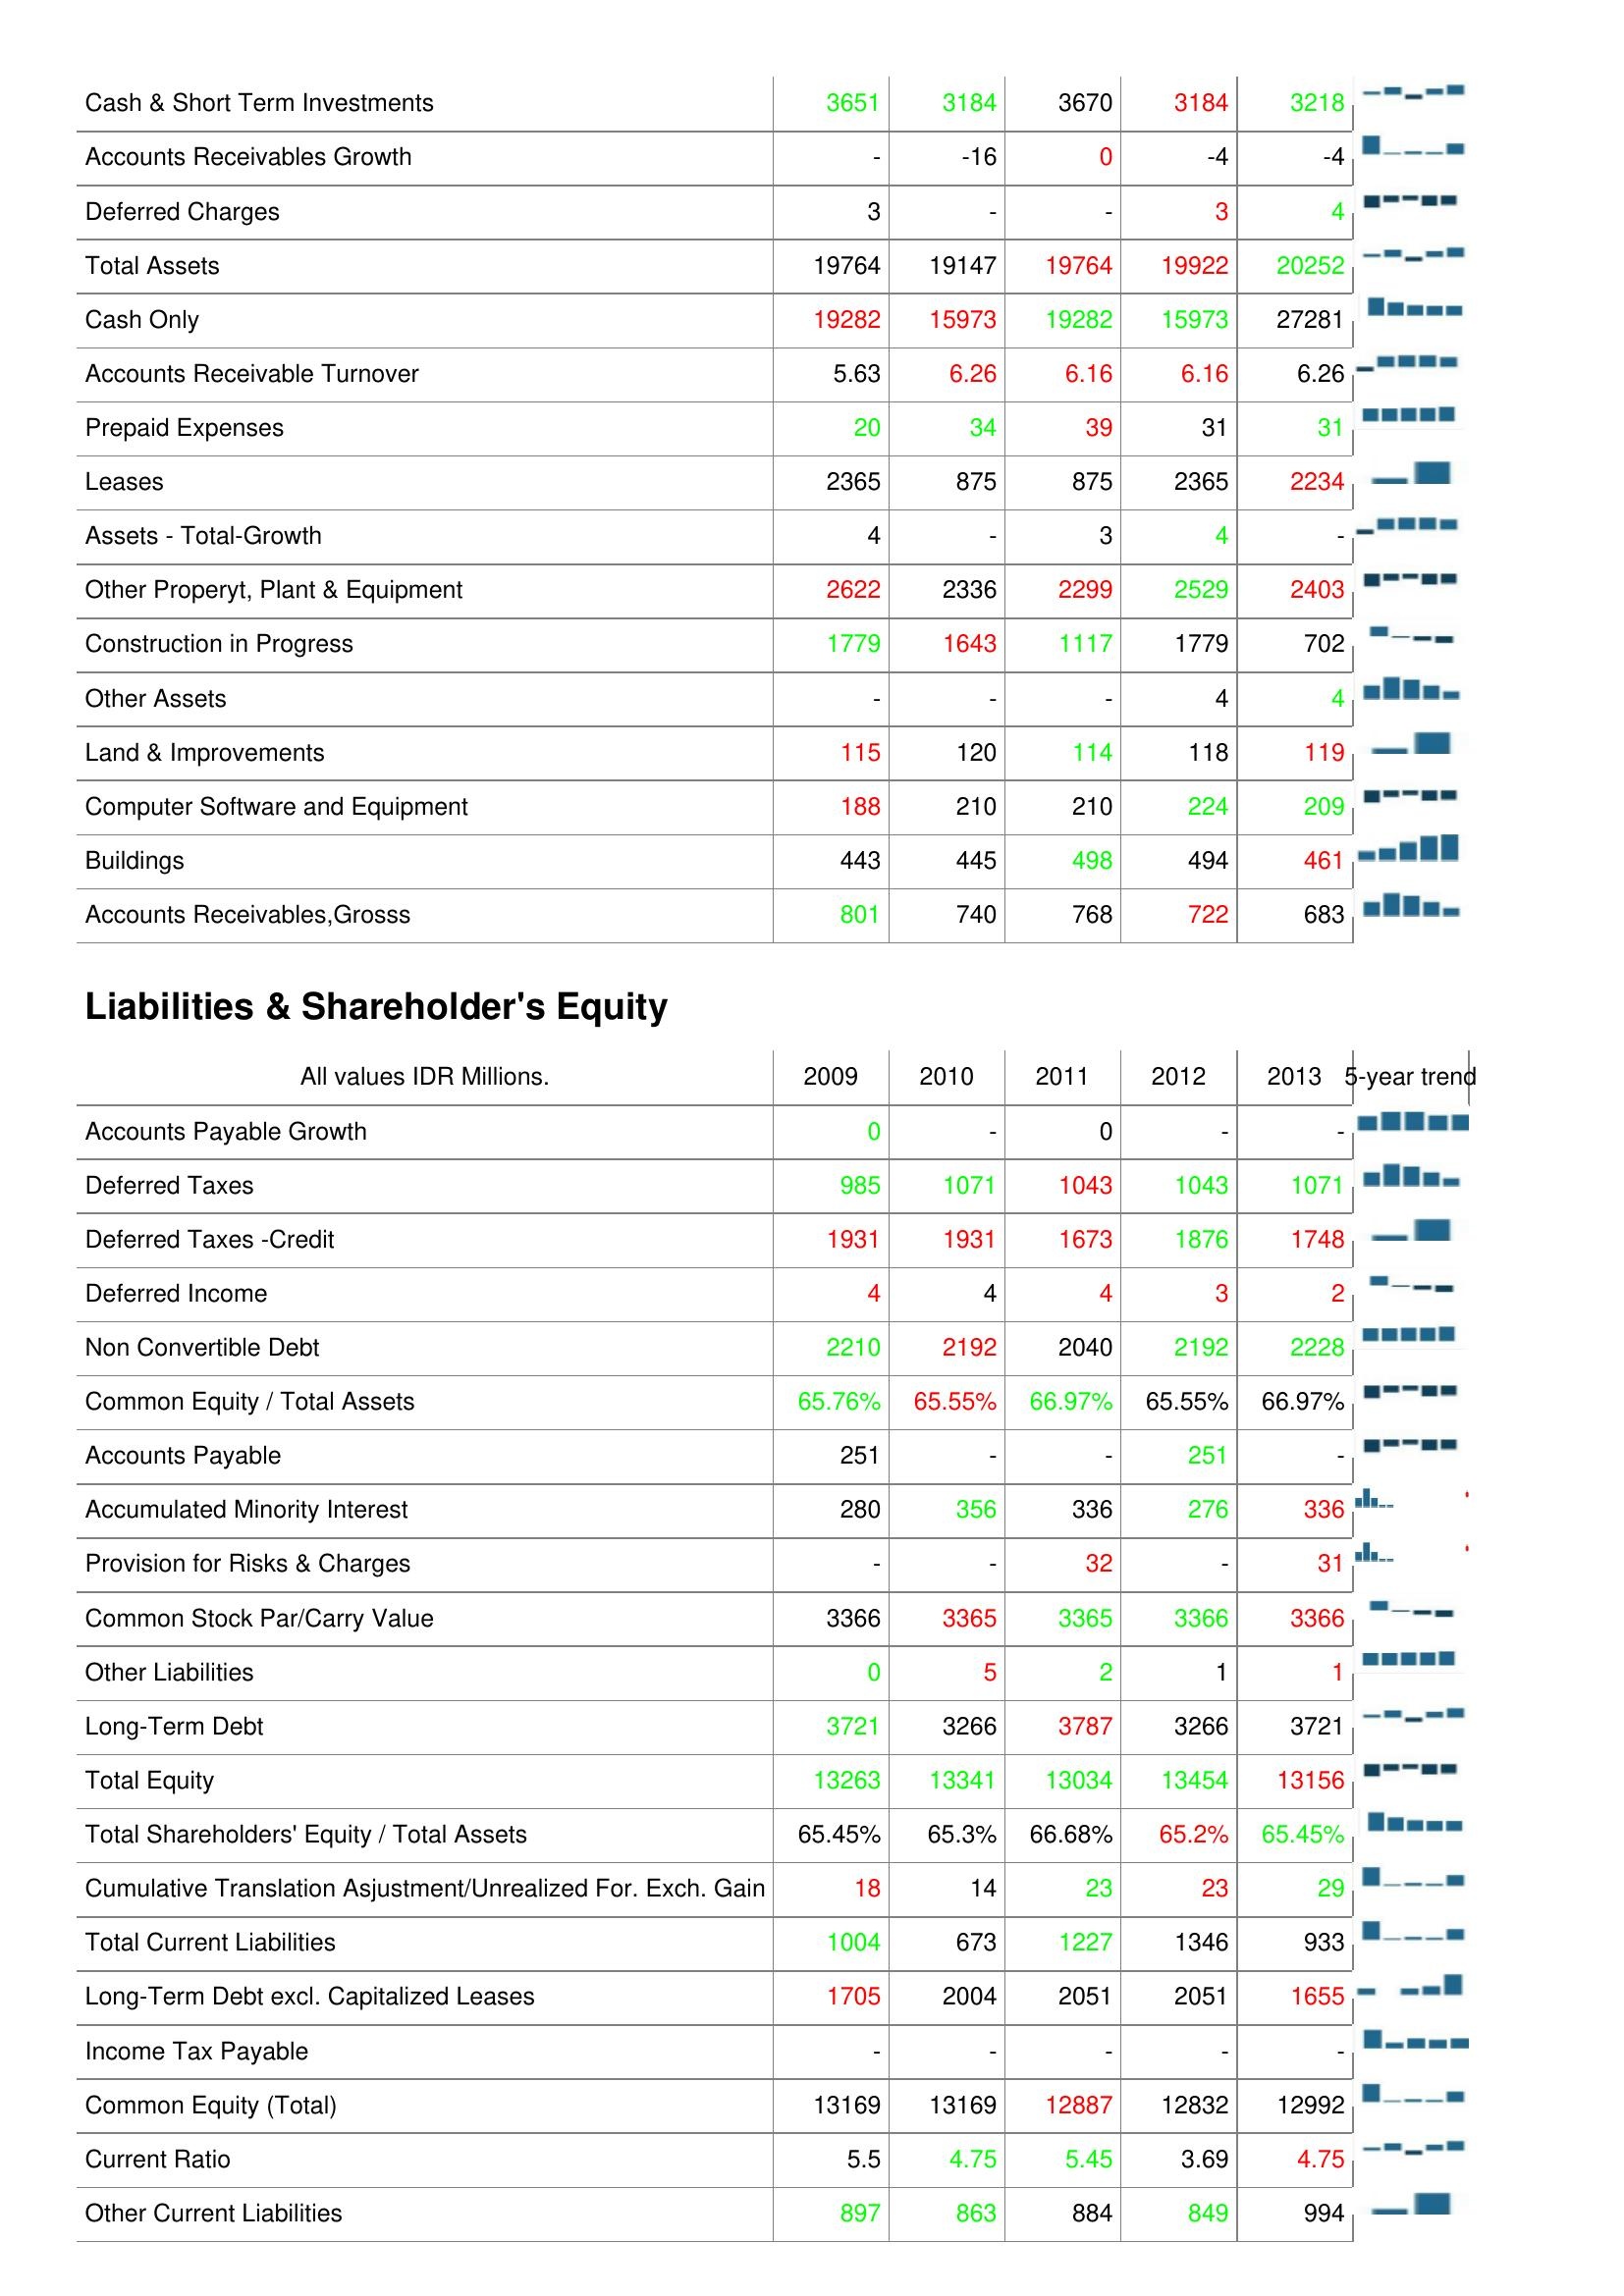
2009: Assets: Cash & Short Term Investments: 3651
Accounts Receivables Growth: -
Deferred Charges: 3
Total Assets: 19764
Cash Only: 19282
Accounts Receivable Turnover: 5.63
Prepaid Expenses: 20
Leases: 2365
Assets - Total-Growth: 4
Other Properyt, Plant & Equipment: 2622
Construction in Progress: 1779
Other Assets: -
Land & Improvements: 115
Computer Software and Equipment: 188
Buildings: 443
Accounts Receivables,Grosss: 801
Liabilities & Shareholder's Equity: Accounts Payable Growth: 0
Deferred Taxes: 985
Deferred Taxes -Credit: 1931
Deferred Income: 4
Non Convertible Debt: 2210
Common Equity / Total Assets: 65.76%
Accounts Payable: 251
Accumulated Minority Interest: 280
Provision for Risks & Charges: -
Common Stock Par/Carry Value: 3366
Other Liabilities: 0
Long-Term Debt: 3721
Total Equity: 13263
Total Shareholders' Equity / Total Assets: 65.45%
Cumulative Translation Asjustment/Unrealized For. Exch. Gain: 18
Total Current Liabilities: 1004
Long-Term Debt excl. Capitalized Leases: 1705
Income Tax Payable: -
Common Equity (Total): 13169
Current Ratio: 5.5
Other Current Liabilities: 897
2010: Assets: Cash & Short Term Investments: 3184
Accounts Receivables Growth: -16
Deferred Charges: -
Total Assets: 19147
Cash Only: 15973
Accounts Receivable Turnover: 6.26
Prepaid Expenses: 34
Leases: 875
Assets - Total-Growth: -
Other Properyt, Plant & Equipment: 2336
Construction in Progress: 1643
Other Assets: -
Land & Improvements: 120
Computer Software and Equipment: 210
Buildings: 445
Accounts Receivables,Grosss: 740
Liabilities & Shareholder's Equity: Accounts Payable Growth: -
Deferred Taxes: 1071
Deferred Taxes -Credit: 1931
Deferred Income: 4
Non Convertible Debt: 2192
Common Equity / Total Assets: 65.55%
Accounts Payable: -
Accumulated Minority Interest: 356
Provision for Risks & Charges: -
Common Stock Par/Carry Value: 3365
Other Liabilities: 5
Long-Term Debt: 3266
Total Equity: 13341
Total Shareholders' Equity / Total Assets: 65.3%
Cumulative Translation Asjustment/Unrealized For. Exch. Gain: 14
Total Current Liabilities: 673
Long-Term Debt excl. Capitalized Leases: 2004
Income Tax Payable: -
Common Equity (Total): 13169
Current Ratio: 4.75
Other Current Liabilities: 863
2011: Assets: Cash & Short Term Investments: 3670
Accounts Receivables Growth: 0
Deferred Charges: -
Total Assets: 19764
Cash Only: 19282
Accounts Receivable Turnover: 6.16
Prepaid Expenses: 39
Leases: 875
Assets - Total-Growth: 3
Other Properyt, Plant & Equipment: 2299
Construction in Progress: 1117
Other Assets: -
Land & Improvements: 114
Computer Software and Equipment: 210
Buildings: 498
Accounts Receivables,Grosss: 768
Liabilities & Shareholder's Equity: Accounts Payable Growth: 0
Deferred Taxes: 1043
Deferred Taxes -Credit: 1673
Deferred Income: 4
Non Convertible Debt: 2040
Common Equity / Total Assets: 66.97%
Accounts Payable: -
Accumulated Minority Interest: 336
Provision for Risks & Charges: 32
Common Stock Par/Carry Value: 3365
Other Liabilities: 2
Long-Term Debt: 3787
Total Equity: 13034
Total Shareholders' Equity / Total Assets: 66.68%
Cumulative Translation Asjustment/Unrealized For. Exch. Gain: 23
Total Current Liabilities: 1227
Long-Term Debt excl. Capitalized Leases: 2051
Income Tax Payable: -
Common Equity (Total): 12887
Current Ratio: 5.45
Other Current Liabilities: 884
2012: Assets: Cash & Short Term Investments: 3184
Accounts Receivables Growth: -4
Deferred Charges: 3
Total Assets: 19922
Cash Only: 15973
Accounts Receivable Turnover: 6.16
Prepaid Expenses: 31
Leases: 2365
Assets - Total-Growth: 4
Other Properyt, Plant & Equipment: 2529
Construction in Progress: 1779
Other Assets: 4
Land & Improvements: 118
Computer Software and Equipment: 224
Buildings: 494
Accounts Receivables,Grosss: 722
Liabilities & Shareholder's Equity: Accounts Payable Growth: -
Deferred Taxes: 1043
Deferred Taxes -Credit: 1876
Deferred Income: 3
Non Convertible Debt: 2192
Common Equity / Total Assets: 65.55%
Accounts Payable: 251
Accumulated Minority Interest: 276
Provision for Risks & Charges: -
Common Stock Par/Carry Value: 3366
Other Liabilities: 1
Long-Term Debt: 3266
Total Equity: 13454
Total Shareholders' Equity / Total Assets: 65.2%
Cumulative Translation Asjustment/Unrealized For. Exch. Gain: 23
Total Current Liabilities: 1346
Long-Term Debt excl. Capitalized Leases: 2051
Income Tax Payable: -
Common Equity (Total): 12832
Current Ratio: 3.69
Other Current Liabilities: 849
2013: Assets: Cash & Short Term Investments: 3218
Accounts Receivables Growth: -4
Deferred Charges: 4
Total Assets: 20252
Cash Only: 27281
Accounts Receivable Turnover: 6.26
Prepaid Expenses: 31
Leases: 2234
Assets - Total-Growth: -
Other Properyt, Plant & Equipment: 2403
Construction in Progress: 702
Other Assets: 4
Land & Improvements: 119
Computer Software and Equipment: 209
Buildings: 461
Accounts Receivables,Grosss: 683
Liabilities & Shareholder's Equity: Accounts Payable Growth: -
Deferred Taxes: 1071
Deferred Taxes -Credit: 1748
Deferred Income: 2
Non Convertible Debt: 2228
Common Equity / Total Assets: 66.97%
Accounts Payable: -
Accumulated Minority Interest: 336
Provision for Risks & Charges: 31
Common Stock Par/Carry Value: 3366
Other Liabilities: 1
Long-Term Debt: 3721
Total Equity: 13156
Total Shareholders' Equity / Total Assets: 65.45%
Cumulative Translation Asjustment/Unrealized For. Exch. Gain: 29
Total Current Liabilities: 933
Long-Term Debt excl. Capitalized Leases: 1655
Income Tax Payable: -
Common Equity (Total): 12992
Current Ratio: 4.75
Other Current Liabilities: 994